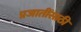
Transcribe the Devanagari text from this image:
प्रजातींसाठी